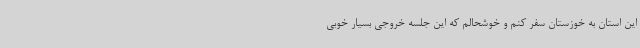
این استان به خوزستان سفر کنم و خوشحالم که این جلسه خروجی بسیار خوبی